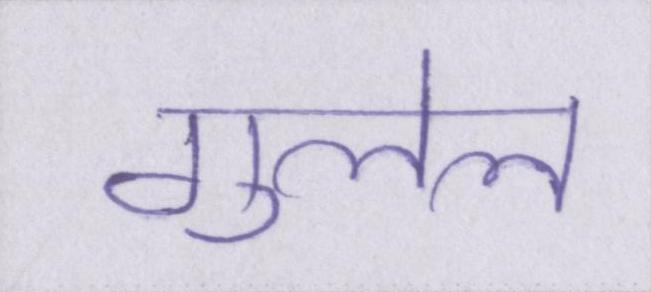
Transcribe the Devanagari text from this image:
गुलेल